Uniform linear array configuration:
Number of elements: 64
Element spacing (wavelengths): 0.25
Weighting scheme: hann
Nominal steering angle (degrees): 60
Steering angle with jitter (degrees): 58.529
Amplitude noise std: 0.05
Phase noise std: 0.05

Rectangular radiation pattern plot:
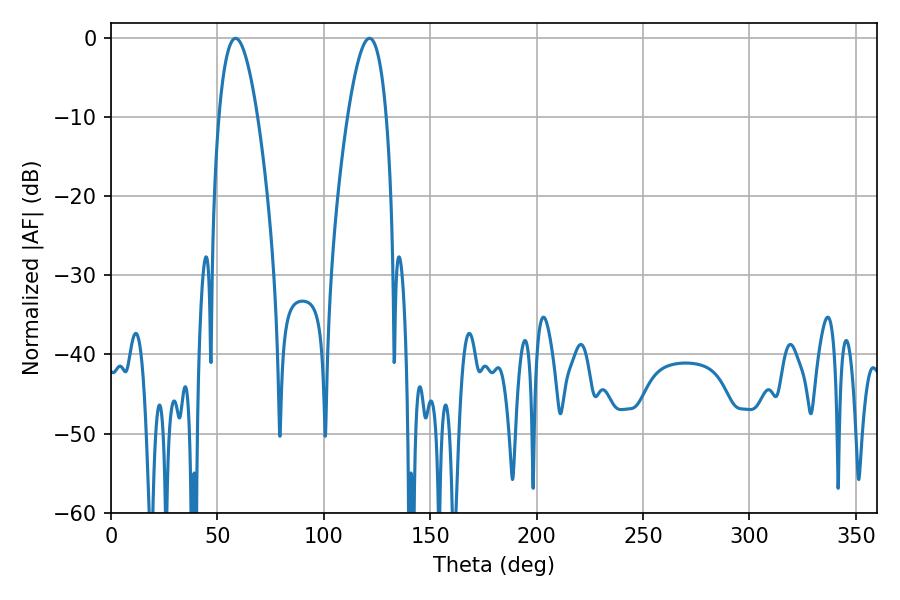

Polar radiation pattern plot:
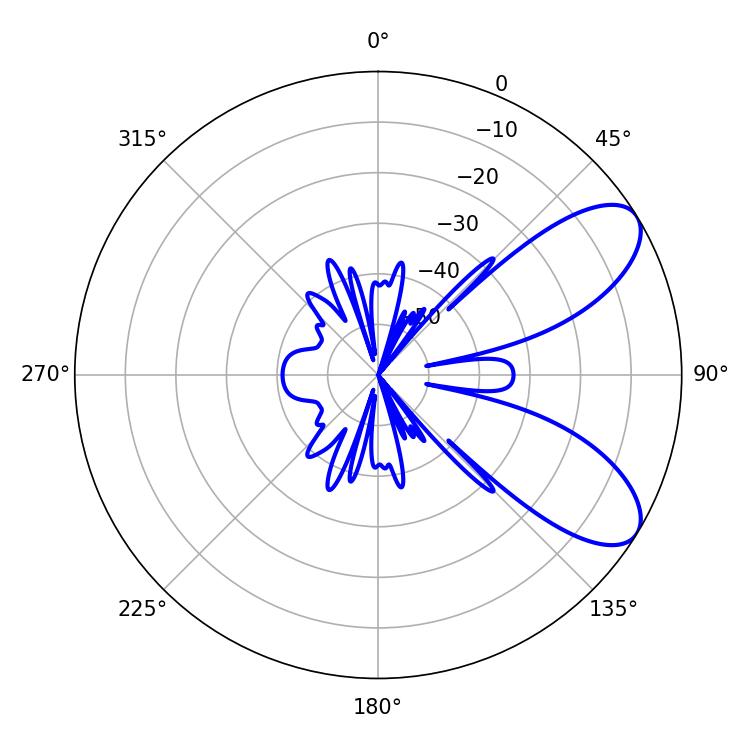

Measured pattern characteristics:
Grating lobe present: FALSE
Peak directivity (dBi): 7.944
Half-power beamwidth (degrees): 9.9
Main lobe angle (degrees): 58.5